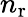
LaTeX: n_{\mathrm{r}}